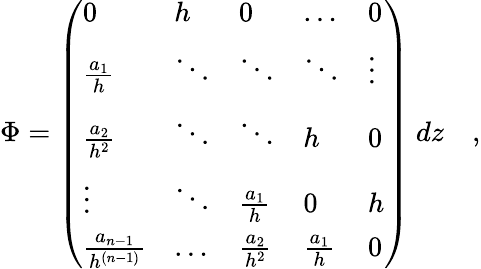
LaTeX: \Phi=\left(\begin{array}{lllll}{{0}}&{{h}}&{{0}}&{{\ldots}}&{{0}}\\ {{{\frac{a_{1}}{h}}}}&{{\ddots}}&{{\ddots}}&{{\ddots}}&{{\vdots}}\\ {{{\frac{a_{2}}{h^{2}}}}}&{{\ddots}}&{{\ddots}}&{{h}}&{{0}}\\ {{\vdots}}&{{\ddots}}&{{{\frac{a_{1}}{h}}}}&{{0}}&{{h}}\\ {{{\frac{a_{n-1}}{h^{(n-1)}}}}}&{{\ldots}}&{{{\frac{a_{2}}{h^{2}}}}}&{{{\frac{a_{1}}{h}}}}&{{0}}\end{array}\right)~dz\quad,